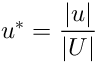
u ^ { * } = \frac { | \boldsymbol { u } | } { | \boldsymbol { U } | }